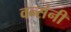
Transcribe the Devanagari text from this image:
वन्संनी